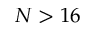
N > 1 6